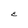
Character: E